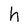
Character: h